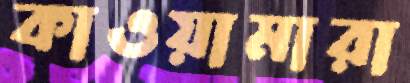
কাওয়ামারা